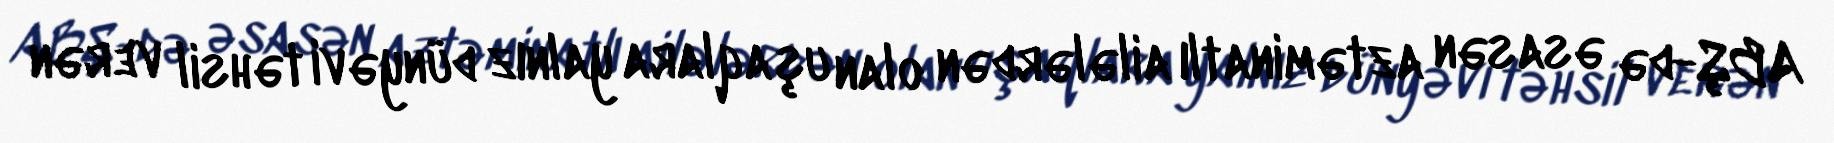
ABŞ-də əsasən aztəminatlı ailələrdən olan uşaqlara yalnız dünyəvi təhsil verən